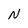
Character: N